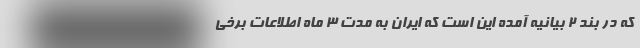
که در بند ۲ بیانیه آمده این است که ایران به مدت ۳ ماه اطلاعات برخی